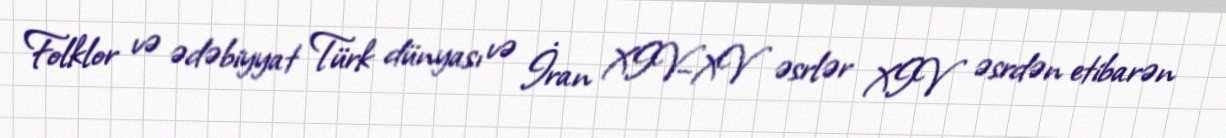
Folklor və ədəbiyyat Türk dünyası və İran XIV–XV əsrlər XIV əsrdən etibarən